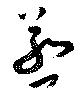
蒸